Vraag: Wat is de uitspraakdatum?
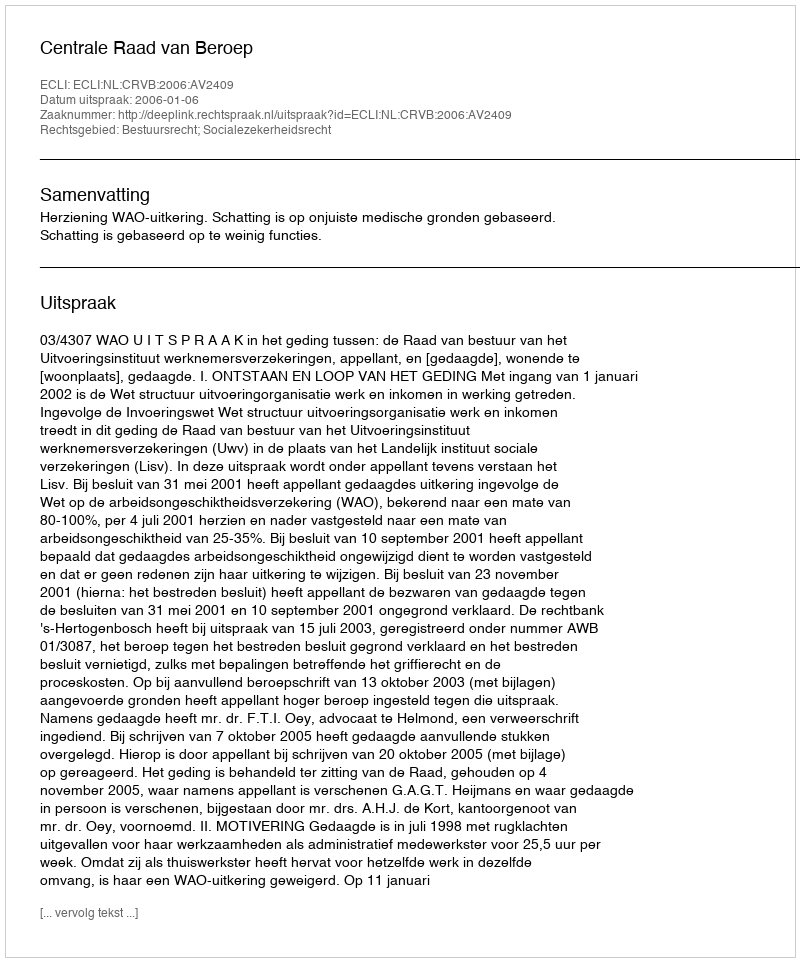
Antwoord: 2006-01-06